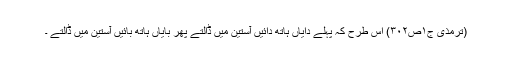
(ترمذی ج۱ص۳۰۲) اس طرح کہ پہلے دایاں ہاتھ دائیں آستین میں ڈالتے پھر بایاں ہاتھ بائیں آستین میں ڈالتے ۔